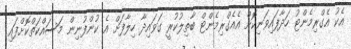
އެކު އެގްރިމެންޓު ހަދާފައިވަނިކޮށް އެއެގްރިމެންޓް ބާތިލުކުރީ ގަވައިދާ ހިލާފަށް އެ ކުންފުނިން މަސައްކަތްކޮށްފައި